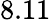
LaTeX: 8.11